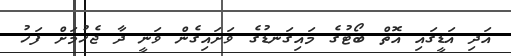
އަދި އަޑީގައި އޮތް ބޯޓުގެ މައިގަނޑުގެ ވަށައިގެން ވަނީ ދާ ޖެހުމަށް ފަހު